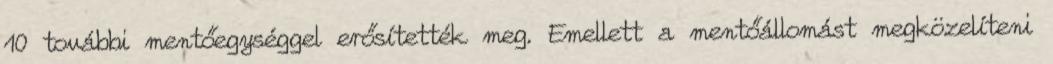
10 további mentőegységgel erősítették meg. Emellett a mentőállomást megközelíteni